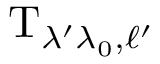
\mathrm { T } _ { \lambda ^ { \prime } \lambda _ { 0 } , \ell ^ { \prime } }